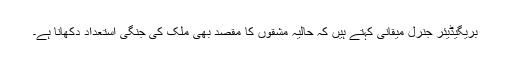
بریگیڈیئر جنرل میقانی کہتے ہیں کہ حالیہ مشقوں کا مقصد بھی ملک کی جنگی استعداد دکھانا ہے۔